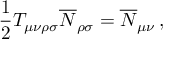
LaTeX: \frac { 1 } { 2 } T _ { \mu \nu \rho \sigma } \overline { { { N } } } _ { \rho \sigma } = \overline { { { N } } } _ { \mu \nu } \, ,